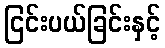
ငြင်းပယ်ခြင်းနှင့်